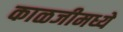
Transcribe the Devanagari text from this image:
काळजीमध्ये